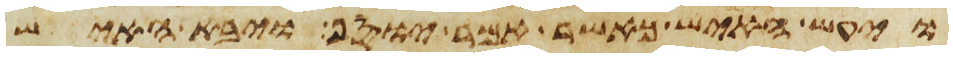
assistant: ויעש האיש כאשר אמר יוסף ויבא האיש